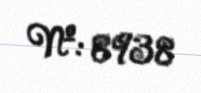
№: 8938